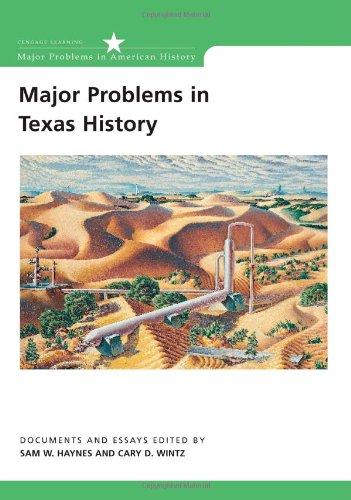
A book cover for Major Problems in Texas History (Major Problems in American History Series); Sam W. Haynes; History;